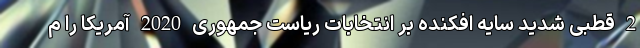
2 قطبی شدید سایه افکنده بر انتخابات ریاست جمهوری 2020 آمریکا را م